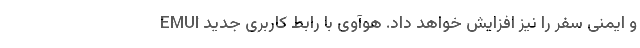
و ایمنی سفر را نیز افزایش خواهد داد. هوآوی با رابط کاربری جدید EMUI